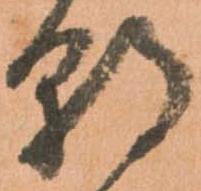
朝